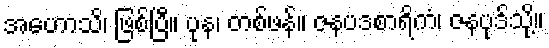
အဟောသိ၊ ဖြစ်ပြီ။ ပုန၊ တစ်ဖန်။ ဇနပဒစာရိကံ၊ ဇနပုဒ်သို့။